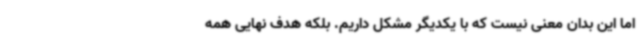
اما این بدان معنی نیست که با یکدیگر مشکل داریم. بلکه هدف نهایی همه